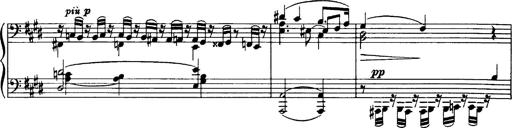
Title: OuvertÃ¼re zu TannhÃ¤user
Composer: Franz Liszt